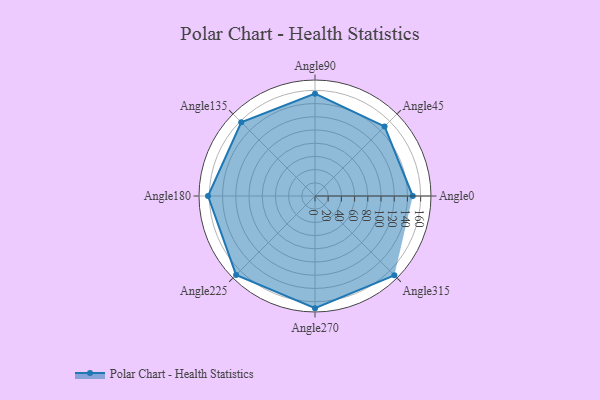
{"axis": {"x": "Angle", "y": "Radius"}, "legend": [""], "data": [{"x": "Angle0", "y": 148.0, "type": ""}, {"x": "Angle45", "y": 149.0, "type": ""}, {"x": "Angle90", "y": 155.0, "type": ""}, {"x": "Angle135", "y": 158.0, "type": ""}, {"x": "Angle180", "y": 162.0, "type": ""}, {"x": "Angle225", "y": 169.0, "type": ""}, {"x": "Angle270", "y": 170, "type": ""}, {"x": "Angle315", "y": 170, "type": ""}]}